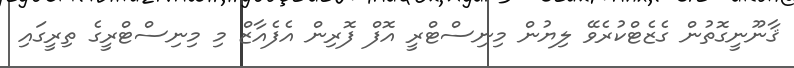
ޤާނޫނީގޮތުން ގެޒެޓްކުރެވޭ ލިޔުން މިނިސްޓްރީ އޮފް ފޮރިން އެފެއާޒް މި މިނިސްޓްރީގެ ތިރީގައި